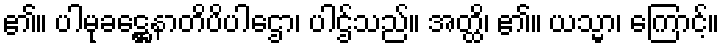
၏။ ပါမုခဋ္ဌေနာတိပိပါဌော၊ ပါဌ်သည်။ အတ္ထိ၊ ၏။ ယသ္မာ၊ ကြောင့်။